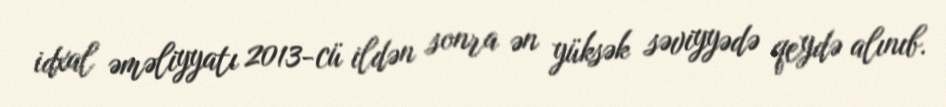
idxal əməliyyatı 2013-cü ildən sonra ən yüksək səviyyədə qeydə alınıb.